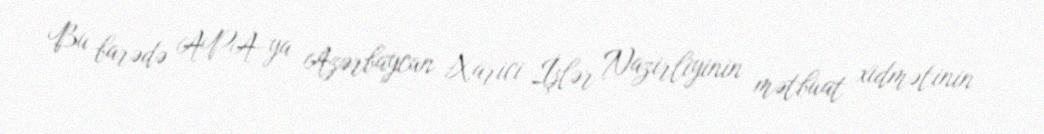
Bu barədə APA-ya Azərbaycan Xarici İşlər Nazirliyinin mətbuat xidmətinin